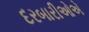
દરબારીઓએ